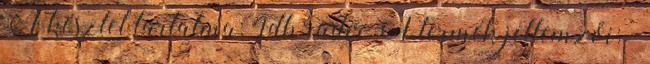
A készlet tartalma: 4db radír A termék jellemzői: -